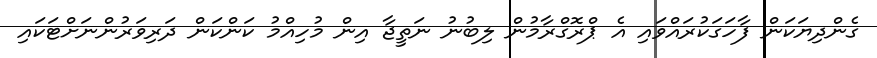
ގެންދިޔަކަން ފާހަގަކުރައްވައި އެ ޕްރޮގްރާމުން ލިބުނު ނަތީޖާ އިން މުހިއްމު ކަންކަން ދަރިވަރުންނަށްޓަކައި